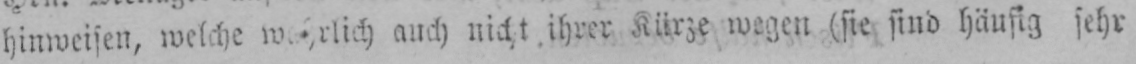
auch nicht ihrer Kürze wegen (sie sind häufig sehr